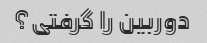
دوربین را گرفتی؟